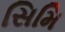
સિમિ